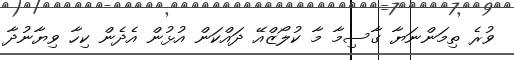
ވުރެ ތިމަންނަޔާ ގާސިމާ މާ ކުލޯޒްއޭ ދައްކަން އުޅުން އެދެން ކިހާ ވިޔާނުދާ